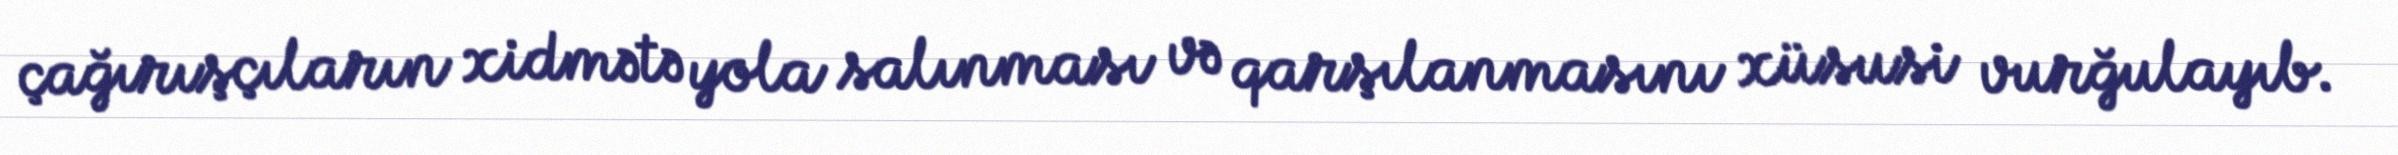
çağırışçıların xidmətə yola salınması və qarşılanmasını xüsusi vurğulayıb.